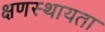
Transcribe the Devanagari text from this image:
क्षणस्थायता